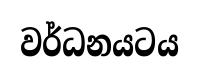
වර්ධනයටය